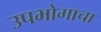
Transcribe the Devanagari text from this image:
उपभोगाचा